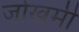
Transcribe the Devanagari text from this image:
जोखमी